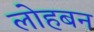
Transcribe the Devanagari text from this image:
लोहबन